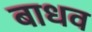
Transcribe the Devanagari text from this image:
बाधव